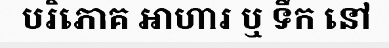
បរិភោគ អាហារ ឬ ទឹក នៅ